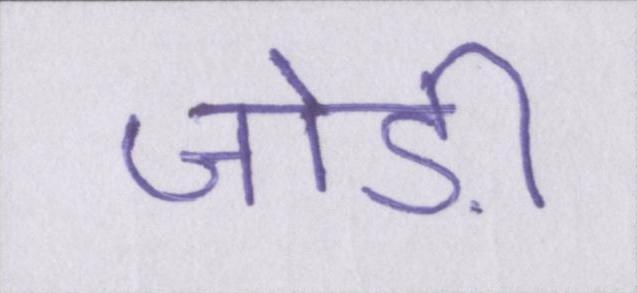
जोड़ी